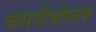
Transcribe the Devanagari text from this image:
ब्लादीवोस्तक